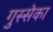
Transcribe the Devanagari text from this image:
गुस्सेका